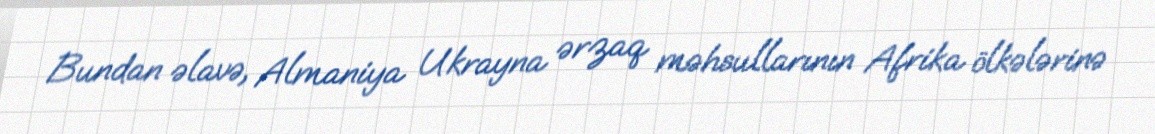
Bundan əlavə, Almaniya Ukrayna ərzaq məhsullarının Afrika ölkələrinə